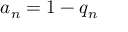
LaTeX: a _ { n } = 1 - q _ { n }